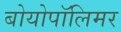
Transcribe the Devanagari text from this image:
बोयोपॉलिमर